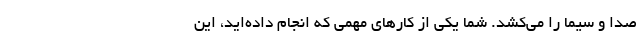
صدا و سیما را می‌کشد. شما یکی از کارهای مهمی که انجام داده‌اید، این